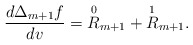
\begin{align*} \frac{d\Delta_{m+1}f}{dv}=\overset{0}{R}_{m+1}+\overset{1}{R}_{m+1}.\end{align*}